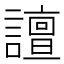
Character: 譠